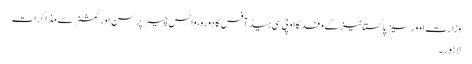
وزارت اوورسیزپاکستانیز کے وفد کااو پی سی ہیڈ آفس کادورہ، وائس چیئرپرسن اور کمشنر سے مذاکرات
لاہور۔